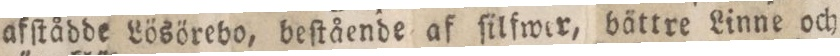
afſtådde Lösörebo, beſtående af ſilfwer, bättre Linne och